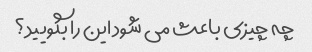
چه چیزی باعث می شود این را بگویید؟